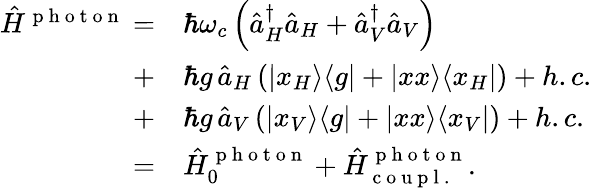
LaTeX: \begin{array}{rl}{\hat{H}^{\mathrm{~p~h~o~t~o~n~}}=}&{{}\hbar\omega_{c}\left(\hat{a}_{H}^{\dagger}\hat{a}_{H}+\hat{a}_{V}^{\dagger}\hat{a}_{V}\right)}\\ {+}&{{}\hbar g\, \hat{a}_{H}\left(\vert x_{H}\rangle\langle g\vert+\vert xx\rangle\langle x_{H}\vert\right)+h.c.}\\ {+}&{{}\hbar g\, \hat{a}_{V}\left(\vert x_{V}\rangle\langle g\vert+\vert xx\rangle\langle x_{V}\vert\right)+h.c.}\\ {=}&{{}\hat{H}_{0}^{\mathrm{~p~h~o~t~o~n~}}+\hat{H}_{\mathrm{~c~o~u~p~l~.~}}^{\mathrm{~p~h~o~t~o~n~}}.}\end{array}